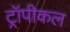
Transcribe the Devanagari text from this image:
ट्रॉपीकल